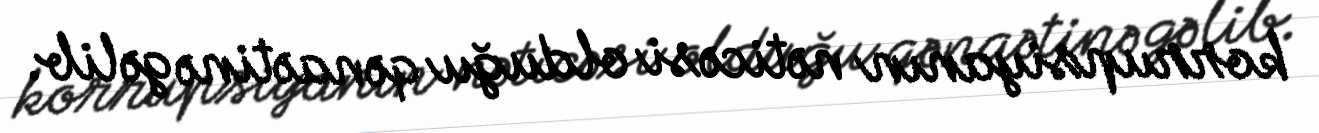
korrupsiyanın nəticəsi olduğu qənaətinə gəlib.